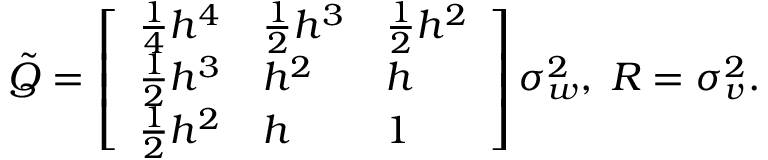
\begin{array} { r } { \tilde { Q } = \left[ \begin{array} { l l l } { \frac { 1 } { 4 } h ^ { 4 } } & { \frac { 1 } { 2 } h ^ { 3 } } & { \frac { 1 } { 2 } h ^ { 2 } } \\ { \frac { 1 } { 2 } h ^ { 3 } } & { h ^ { 2 } } & { h } \\ { \frac { 1 } { 2 } h ^ { 2 } } & { h } & { 1 } \end{array} \right] \sigma _ { w } ^ { 2 } , \; R = \sigma _ { v } ^ { 2 } . } \end{array}